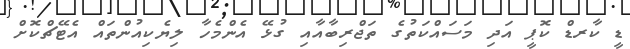
ޑީ ކާރޑް ކޮޕީ އަދި މަސައްކަތުގެ ތަޖްރިބާއާއި ގުޅޭ އެންމެހާ ލިޔެކިއުންތައް އެޓޭޗްކޮށް